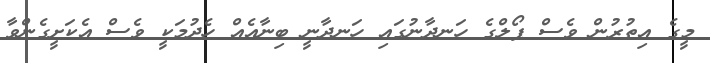
މީގެ އިތުރުން ވެސް ޕޯލްގެ ހަނދާނުގައި ހަނދާނީ ބިނާއެއް ހެދުމަކީ ވެސް އެކަށީގެންވާ